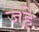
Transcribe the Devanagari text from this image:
जहे